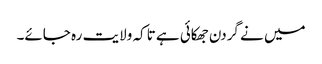
میں نے گردن جھکائی ہے تاکہ ولایت رہ جائے۔